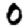
Digit: 0